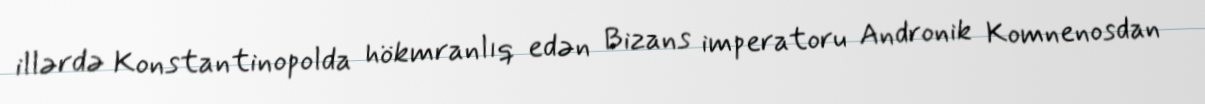
illərdə Konstantinopolda hökmranlıq edən Bizans imperatoru Andronik Komnenosdan